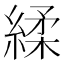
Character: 䋴